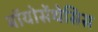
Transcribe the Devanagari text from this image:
बॉयोसेंथेसिस